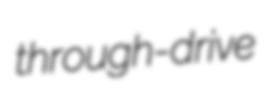
through-drive